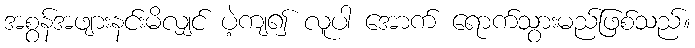
အစွန်အဖျားနင်းမိလျှင် ပဲ့ကျ၍ လူပါ အောက် ရောက်သွားမည်ဖြစ်သည်။